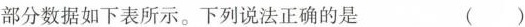
部分数据如下表所示。下列说法正确的是 ()